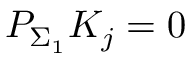
P _ { \Sigma _ { 1 } } K _ { j } = 0